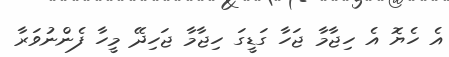
އެ ހެޔޮ އެ ހިޖާމާ ޖަހާ ގަޑީގަ ހިޖާމާ ޖަހިދޭ މީހާ ފެންނުވަރާ